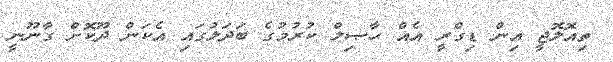
ތިއޮލޮޖީ އިން ޑިގްރީ އެއް ޙާޞިލް ކުރުމުގެ ބަދަލުގައި އެކަން ދޫކޮށް ގާނޫނީ